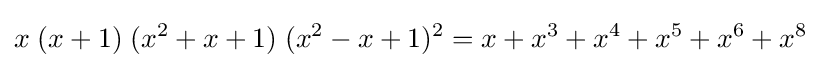
x\;(x+1)\;(x^{2}+x+1)\;(x^{2}-x+1)^{2}=x+x^{3}+x^{4}+x^{5}+x^{6}+x^{8}